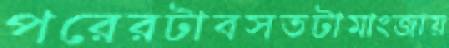
পরেরটাবসতটামাংজায়